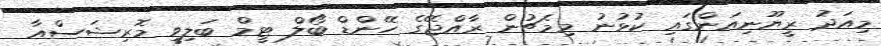
މިއަދު ރީޔޫނިއަންގައި ކުޅުނު މިމެޗުން ރާއްޖޭގެ ހޭންޑް ބޯލް ޓީމް ބަލިވީ މޮރިޝަސްއާ